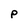
Character: P